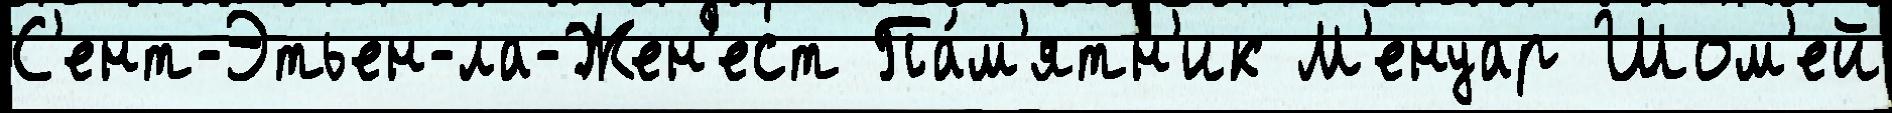
С'ент-Этьен-ла-Жен'ест Па́м'ятн'ик М'енуар Шом'ей